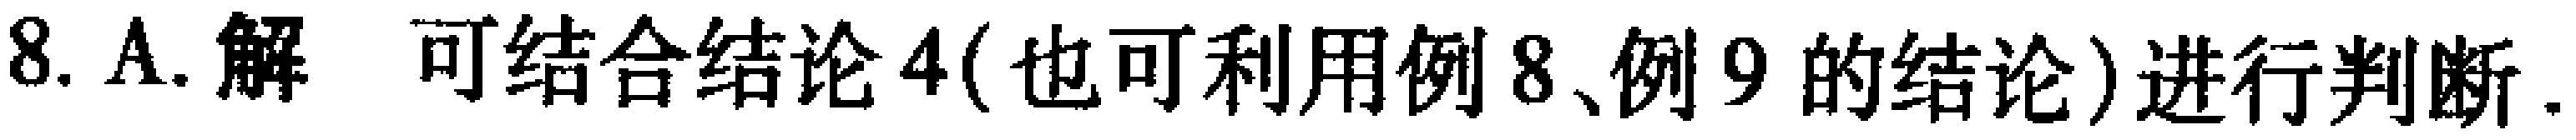
8. A. 解 可结合结论4(也可利用例8、例9的结论)进行判断.